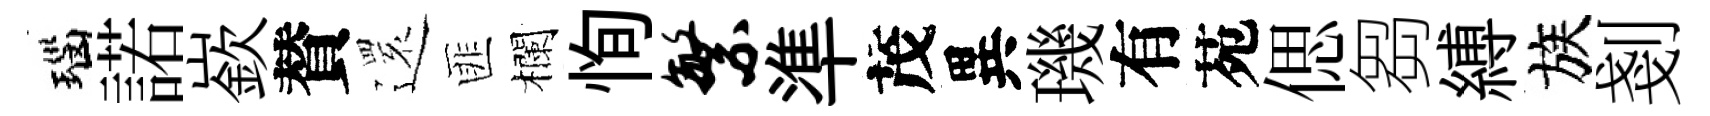
瑙諾嶔賛𮟃匪欄恂繁準茂異璣有苑偲芻縛族剗